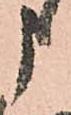
申